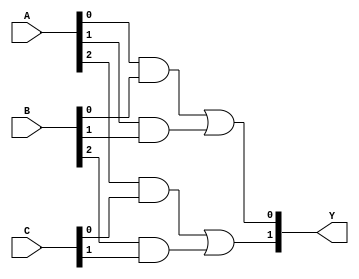
module FusedPAL (
    input wire [3:0] A,    // 4 input lines
    input wire [3:0] B,    // 4 input lines
    input wire [3:0] C,    // 4 input lines
    output wire [1:0] Y    // 2 output lines
);

// Define product terms
wire p1, p2, p3, p4; // Product terms
wire [3:0] and_terms; // AND terms

// Example AND terms generation (this would be programmable in a real PAL)
assign p1 = A[0] & B[0]; // Product term 1
assign p2 = A[1] & B[1]; // Product term 2
assign p3 = A[2] & C[0]; // Product term 3
assign p4 = B[2] & C[1]; // Product term 4

// OR logic to generate outputs based on product terms
assign Y[0] = p1 | p2; // Output Y0 is the sum of product terms 1 and 2
assign Y[1] = p3 | p4; // Output Y1 is the sum of product terms 3 and 4

endmodule